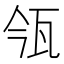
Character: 𤬰